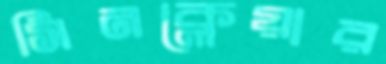
সিনক্লেয়ার